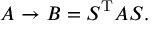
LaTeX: A \to B = S ^ { \mathrm { T } } A S .